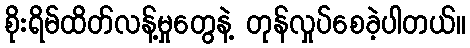
စိုးရိမ်ထိတ်လန့်မှုတွေနဲ့ တုန်လှုပ်စေခဲ့ပါတယ်။